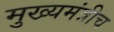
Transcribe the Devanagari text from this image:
मुख्यमंत्रीच